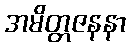
အမိတ္တဇနနာ